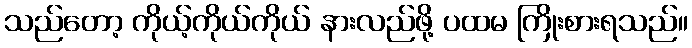
သည်တော့ ကိုယ့်ကိုယ်ကိုယ် နားလည်ဖို့ ပထမ ကြိုးစားရသည်။